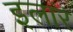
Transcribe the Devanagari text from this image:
इलार